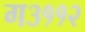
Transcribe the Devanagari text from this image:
ग३११२